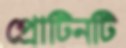
প্রোটিনটি